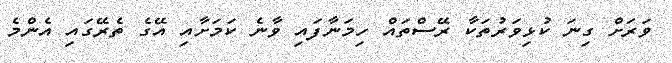
ވަރަށް ގިނަ ކުޅިވަރުތަކާ ރޭސްތައް ހިމަނާފައި ވާނެ ކަމަށާއި އޭގެ ތެރޭގައި އެންމެ